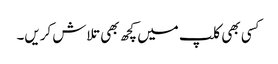
کسی بھی کلپ میں کچھ بھی تلاش کریں۔